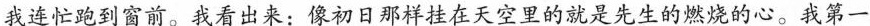
我连忙跑到窗前。我看出来:像初日那样挂在天空里的就是先生的燃烧的心。我第一